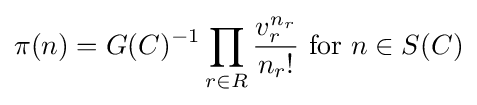
\pi (n)=G(C)^{-1}\prod _{r\in R}{\frac {v_{r}^{n_{r}}}{n_{r}!}}{\text{ for }}n\in S(C)